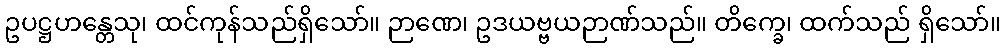
ဥပဋ္ဌဟန္တေသု၊ ထင်ကုန်သည်ရှိသော်။ ဉာဏေ၊ ဥဒယဗ္ဗယဉာဏ်သည်။ တိက္ခေ၊ ထက်သည် ရှိသော်။